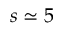
s \simeq 5